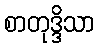
စာတုဒ္ဒိသာ